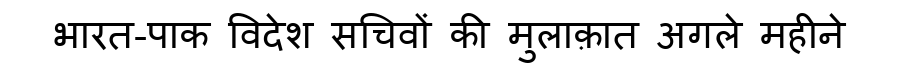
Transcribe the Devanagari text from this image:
भारत-पाक विदेश सचिवों की मुलाक़ात अगले महीने